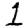
Digit: 1